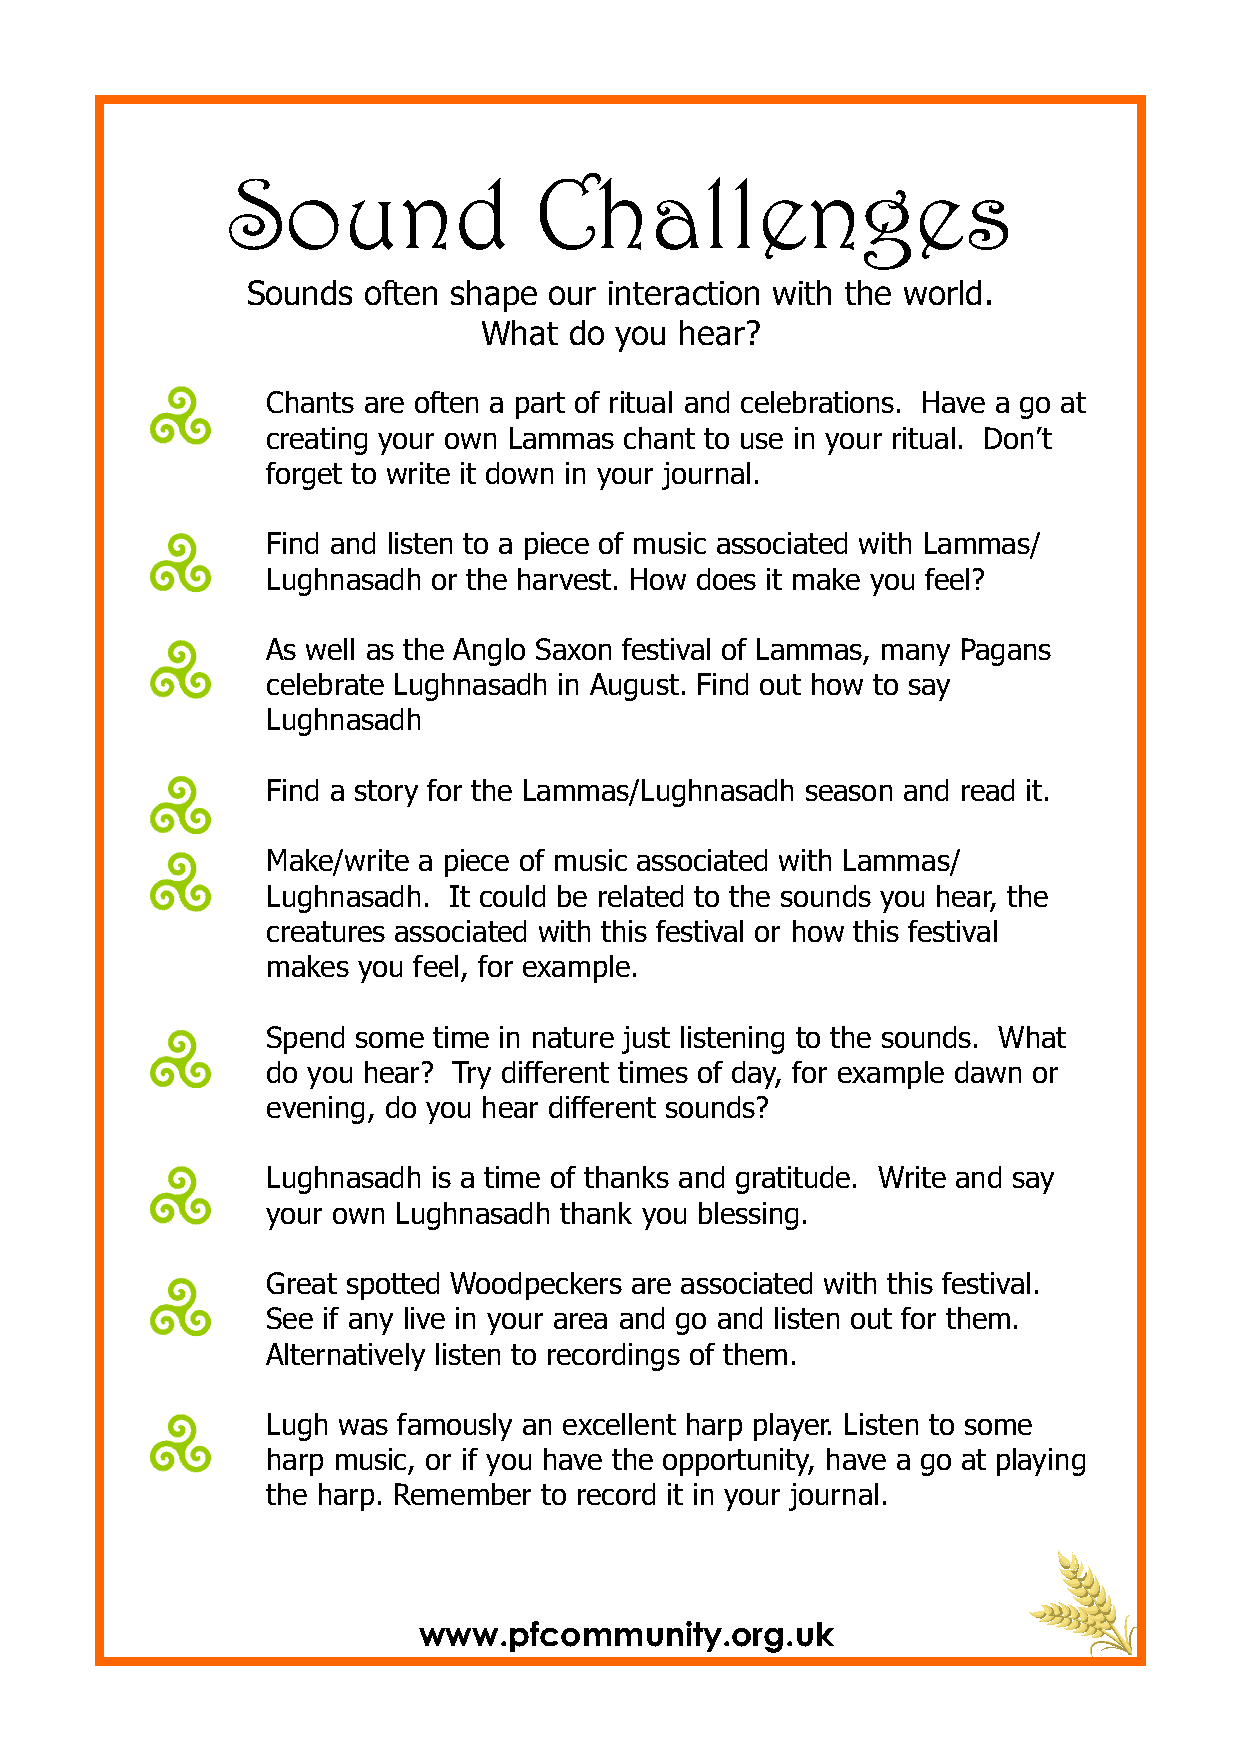
Sound               Challenges
 Sounds  often shape our interaction with the world.
 What  do you hear?
 Chants are often a part of ritual and celebrations. Have a go at
 creating your own Lammas chant to use in your ritual. Don’t
 forget to write it down in your journal.
 Find and listen to a piece of music associated with Lammas/
 Lughnasadh or the harvest. How does it make you feel?
 As well as the Anglo Saxon festival of Lammas, many Pagans
 celebrate Lughnasadh in August. Find out how to say
 Lughnasadh
 Find a story for the Lammas/Lughnasadh season and read it.
 Make/write a piece of music associated with Lammas/
 Lughnasadh. It could be related to the sounds you hear, the
 creatures associated with this festival or how this festival
 makes you feel, for example.
 Spend some time in nature just listening to the sounds. What
 do you hear? Try different times of day, for example dawn or
 evening, do you hear different sounds?
 Lughnasadh is a time of thanks and gratitude. Write and say
 your own Lughnasadh thank you blessing.
 Great spotted Woodpeckers are associated with this festival.
 See if any live in your area and go and listen out for them.
 Alternatively listen to recordings of them.
 Lugh was famously an excellent harp player. Listen to some
 harp music, or if you have the opportunity, have a go at playing
 the harp. Remember to record it in your journal.
 www.pfcommunity.org.uk